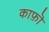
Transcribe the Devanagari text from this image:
काफ़ॊ